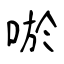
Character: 唹